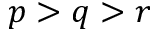
p > q > r